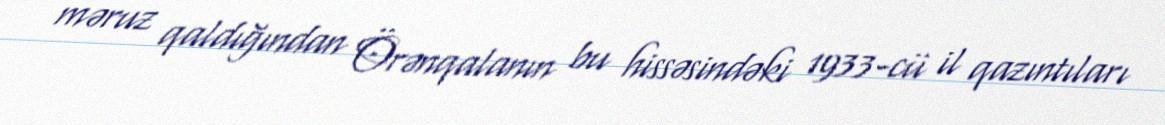
məruz qaldığından Örənqalanın bu hissəsindəki 1933-cü il qazıntıları